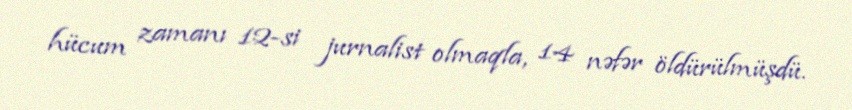
hücum zamanı 12-si jurnalist olmaqla, 14 nəfər öldürülmüşdü.